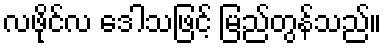
လဖိုင်လ ဒေါသဖြင့် မြည်တွန်သည်။